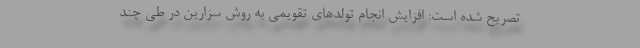
تصریح شده است: افزایش انجام تولدهای تقویمی به روش سزارین در طی چند